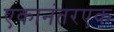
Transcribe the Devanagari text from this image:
एकानंतरएक